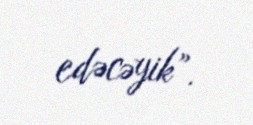
edəcəyik”.